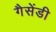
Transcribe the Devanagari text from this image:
गैसेंडी